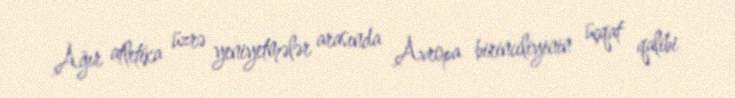
Ağır atletika üzrə yeniyetmələr arasında Avropa birinciliyinin üçqat qalibi